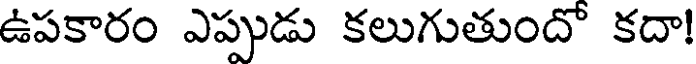
ఉపకారం ఎప్పుడు కలుగుతుందో కదా!